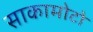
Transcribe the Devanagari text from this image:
साकामोटो